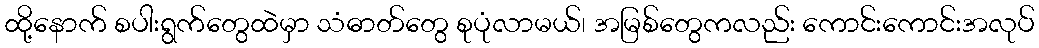
ထို့နောက် စပါးရွက်တွေထဲမှာ သံဓာတ်တွေ စုပုံလာမယ်၊ အမြစ်တွေကလည်း ကောင်းကောင်းအလုပ်